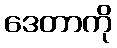
ဒေတာကို